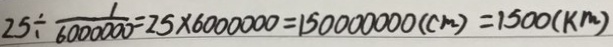
2 5 \div \frac { 1 } { 6 0 0 0 0 0 0 } = 2 5 \times 6 0 0 0 0 0 0 = 1 5 0 0 0 0 0 0 0 ( c m ) = 1 5 0 0 ( k m )